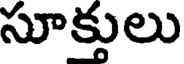
సూక్తులు